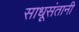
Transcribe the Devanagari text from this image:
साधूसंतानी